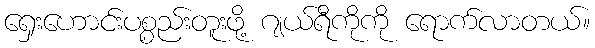
ရှေးဟောင်းပစ္စည်းတူးဖို့ ဂျယ်ရီကိုကို ရောက်လာတယ်။